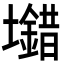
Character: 𡓠